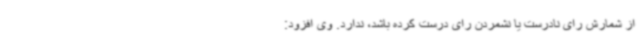
از شمارش رای نادرست یا نشمردن رای درست کرده باشد، ندارد. وی افزود: